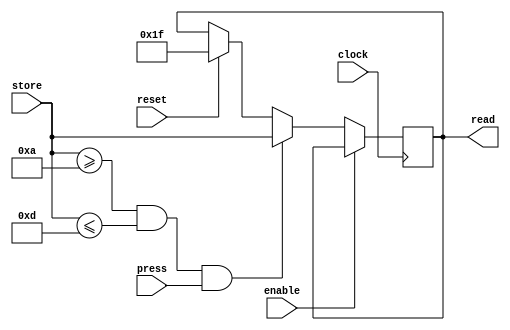
module Register5Bit_Oper (clock, reset, store, read, enable, press);
	input clock, reset, enable, press;
	input [4:0] store;
	output reg [4:0] read;
	
	initial  read = 5'b11111;
	
	always @ (posedge clock)
	begin
		if (reset)
			read <= 5'b11111;
		
		if (!enable)
		begin
			if ((store >= 5'd10) && (store <= 5'd13) && press)
			begin
				read <= store;	
			end
		end
		else
			read <= read;
	end
	
endmodule